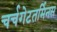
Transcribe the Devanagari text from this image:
चर्चगेटतर्मिनस